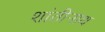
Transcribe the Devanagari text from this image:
शांतीनाथ